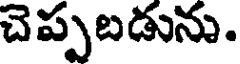
చెప్పబడును.